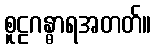
စူဠဂန္ဓာရအတတ်။